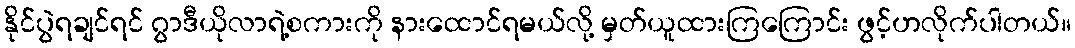
နိုင်ပွဲရချင်ရင် ဂွာဒီယိုလာရဲ့စကားကို နားထောင်ရမယ်လို့ မှတ်ယူထားကြကြောင်း ဖွင့်ဟလိုက်ပါတယ်။